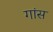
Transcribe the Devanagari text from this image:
गांस